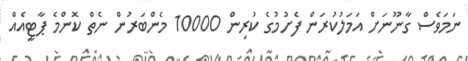
ނަމަވެސް ގާނޫނަށް އަމަލުކުރަން ފެށުމުގެ ކުރިން 10000 މެންބަރުން ނެތް ކޮންމެ ޕާޓީއެއް